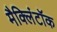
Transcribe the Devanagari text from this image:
मैक्लिंटॉक